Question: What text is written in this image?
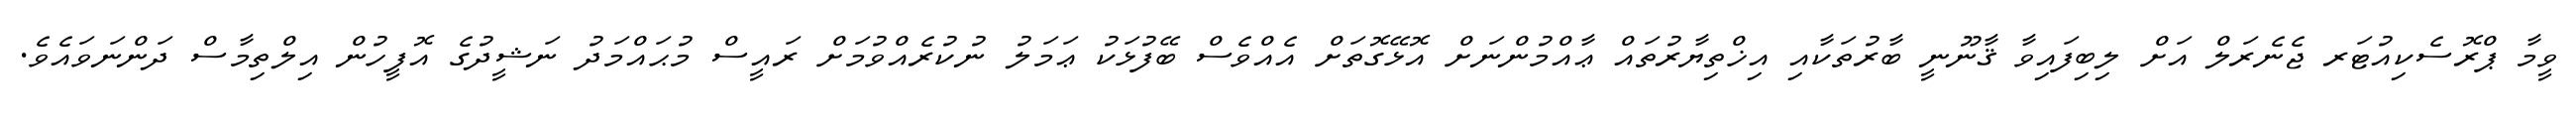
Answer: ވީމާ ޕްރޮސެކިއުޓަރ ޖެނެރަލް އަށް ލިބިފައިވާ ޤާނޫނީ ބާރުތަކާއި އިޚްތިޔާރުތައް ޢާއްމުންނަށް އޮޅޭގޮތަށް އެއްވެސް ބޭފުޅަކު ޢަމަލު ނުކުރެއްވުމަށް ރައީސް މުޙައްމަދު ނަޝީދުގެ އޮފީހުން އިލްތިމާސް ދަންނަވައެވެ.